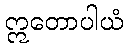
ဣတောပါယံ